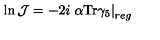
\ln { \mathcal J } = - 2 i \left. \alpha \mathrm { T r } \gamma _ { 5 } \right| _ { r e g }